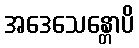
အဒေသေန္တောပိ